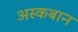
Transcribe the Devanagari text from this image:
अस्कबान